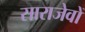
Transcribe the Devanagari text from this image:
साराजेवों